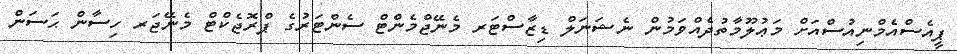
ޕީއެސްއެމްނިއުސްއަށް މަޢުލޫމާތުދެއްވަމުން ނެޝަނަލް ޑިޒާސްޓަރ މެނޭޖްމެންޓް ސެންޓަރުގެ ޕްރޮޖެކްޓް މެނޭޖަރ ހިސާން ޙަސަން